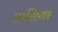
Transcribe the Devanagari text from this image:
घासिया